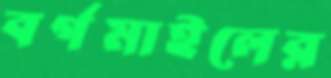
বর্গমাইলের